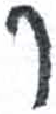
אות: ר